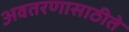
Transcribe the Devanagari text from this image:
अवतरणासाठीते